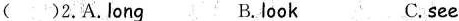
( )2. A. Long B. look C. see